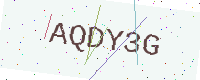
Text: AQDY3G